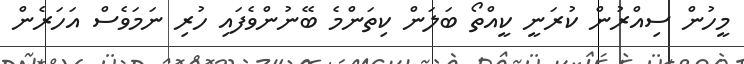
މީހުން ސިއްރުން ކުރަނީ ކީއްތޯ ބަލަން ކިތަންމެ ބޭނުންވެފައި ހުރި ނަމަވެސް އަހަރެން